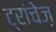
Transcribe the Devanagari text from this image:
ट्रांचेज़